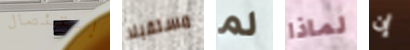
إستئصال مستقبلا لم لماذا إن